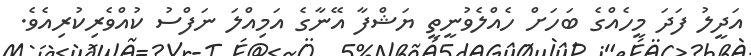
އަދީލު ފަދަ މީހެއްގެ ބަހަށް ހެއްލެވުނީތީ ޔަޝްފާ އޭނާގެ އަމިއްލަ ނަފްސު ކުއްވެރިކުރިއެވެ.